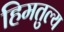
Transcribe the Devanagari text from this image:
हिमतुल्य